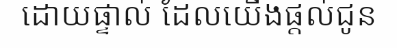
ដោយផ្ទាល់ ដែលយើងផ្តល់ជូន